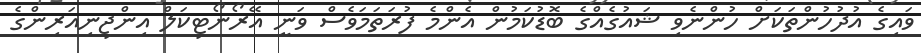
ވައިގެ އުދުހުންތަކަށް ހުންނެވި ޝައުގެއްގެ ބޮޑުކަމުން އެންމެ ފުރަތަމަވެސް ވަނީ އޭރޯނޯޓިކަލް އިންޖިނިއަރިންގެ